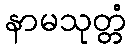
နာမသုတ္တံ